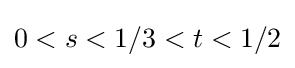
0<s<1/3<t<1/2